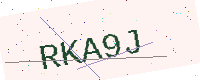
Text: RKA9J